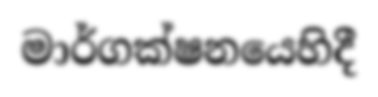
මාර්ගක්ෂනයෙහිදී